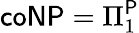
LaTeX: {\mathsf{coNP}}=\Pi_{1}^{\mathsf{P}}